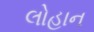
લોહાન